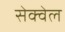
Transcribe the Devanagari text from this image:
सेक्वेल